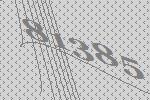
81385